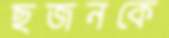
ছজনকে